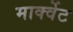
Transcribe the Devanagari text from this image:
मार्क्वेट